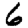
Digit: 6